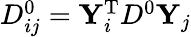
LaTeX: \begin{array}{r}{D_{ij}^{0}=\mathbf{Y}_{i}^{\mathrm{T}}D^{0}\mathbf{Y}_{j}}\end{array}